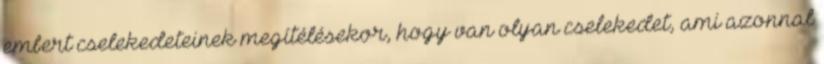
embert cselekedeteinek megítélésekor, hogy van olyan cselekedet, ami azonnal